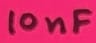
Text: 10nF